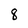
Character: 8